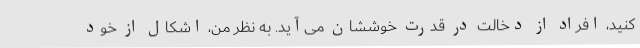
کنید، افراد از دخالت در قدرت خوششان می‌آید. به نظر من، اشکال از خود